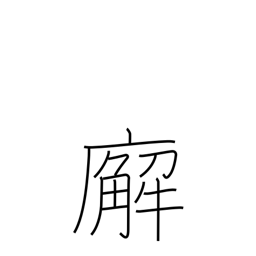
Meaning: government office